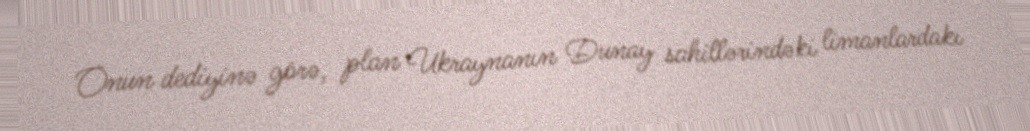
Onun dediyinə görə, plan Ukraynanın Dunay sahillərindəki limanlardakı